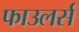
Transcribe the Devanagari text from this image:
फाउलर्स